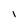
Character: l